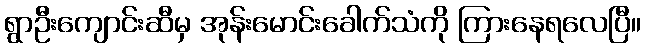
ရွာဦးကျောင်းဆီမှ အုန်းမောင်းခေါက်သံကို ကြားနေရလေပြီ။